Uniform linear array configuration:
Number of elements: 4
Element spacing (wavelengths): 1
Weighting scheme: cosine
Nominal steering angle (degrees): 30
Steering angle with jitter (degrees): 28.528
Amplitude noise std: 0.05
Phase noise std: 0.05

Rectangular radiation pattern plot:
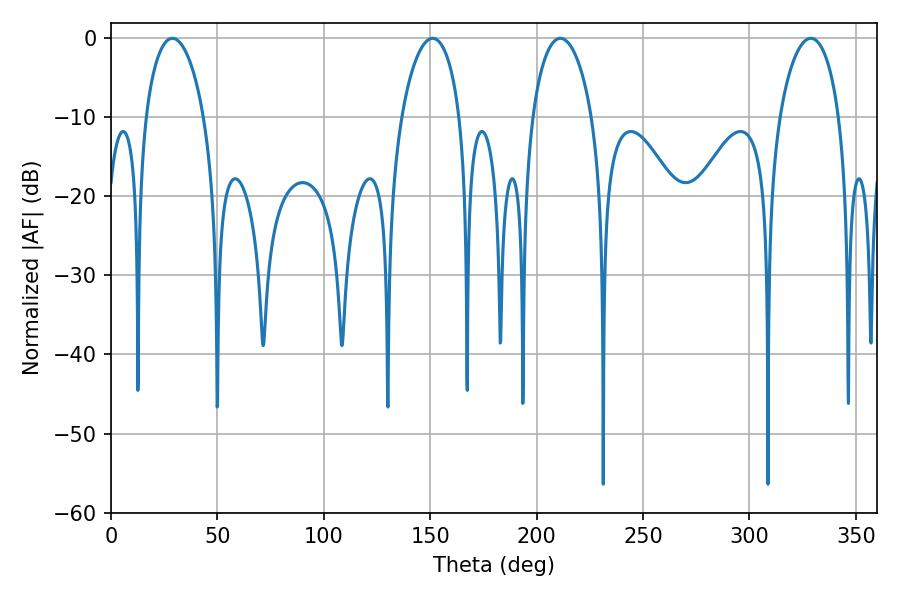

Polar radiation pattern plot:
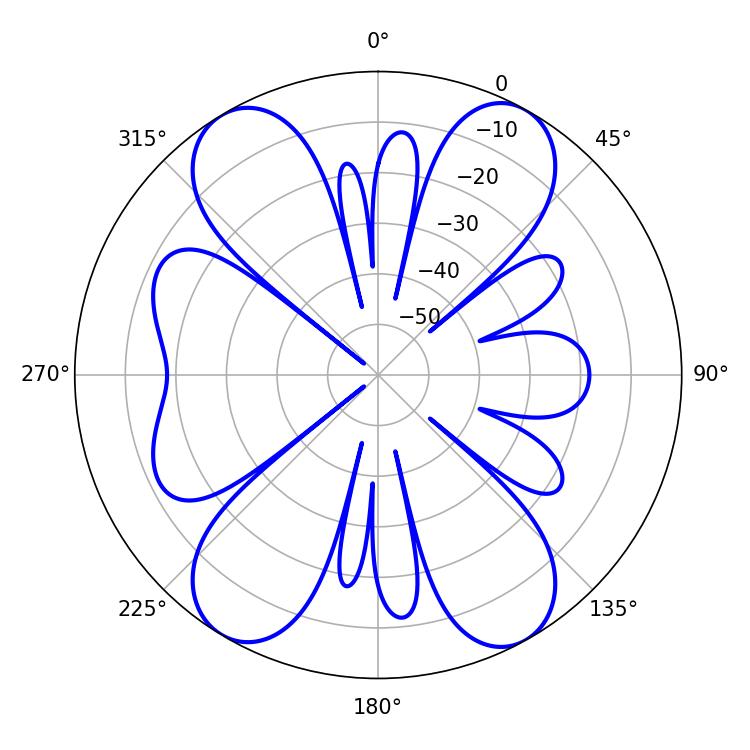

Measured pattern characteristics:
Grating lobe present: TRUE
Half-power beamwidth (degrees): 16.02
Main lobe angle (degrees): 211.14